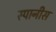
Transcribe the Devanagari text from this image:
स्पानीस